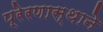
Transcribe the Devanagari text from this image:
प्रेरणास्थाने